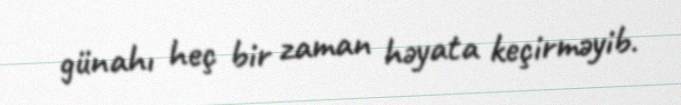
günahı heç bir zaman həyata keçirməyib.